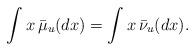
LaTeX: \begin{align*}\int x \,\bar{\mu}_{u}(dx)=\int x\,\bar{\nu}_{u}(dx).\end{align*}